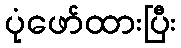
ပုံဖော်ထားပြီး